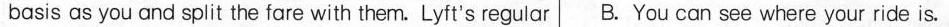
basis as you and split the fare with them. Lyft's regular B. You can see where your ride is.